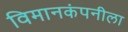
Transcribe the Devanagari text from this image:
विमानकंपनीला